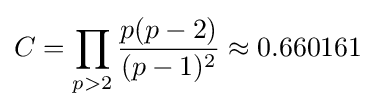
C=\prod _{p>2}{\frac {p(p-2)}{(p-1)^{2}}}\approx 0.660161